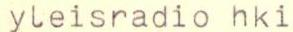
yleisradio hki